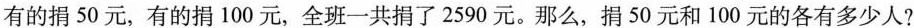
有的捐50元，有的捐100元，全班一共捐了2590元。那么，捐50元和100元的各有多少人?